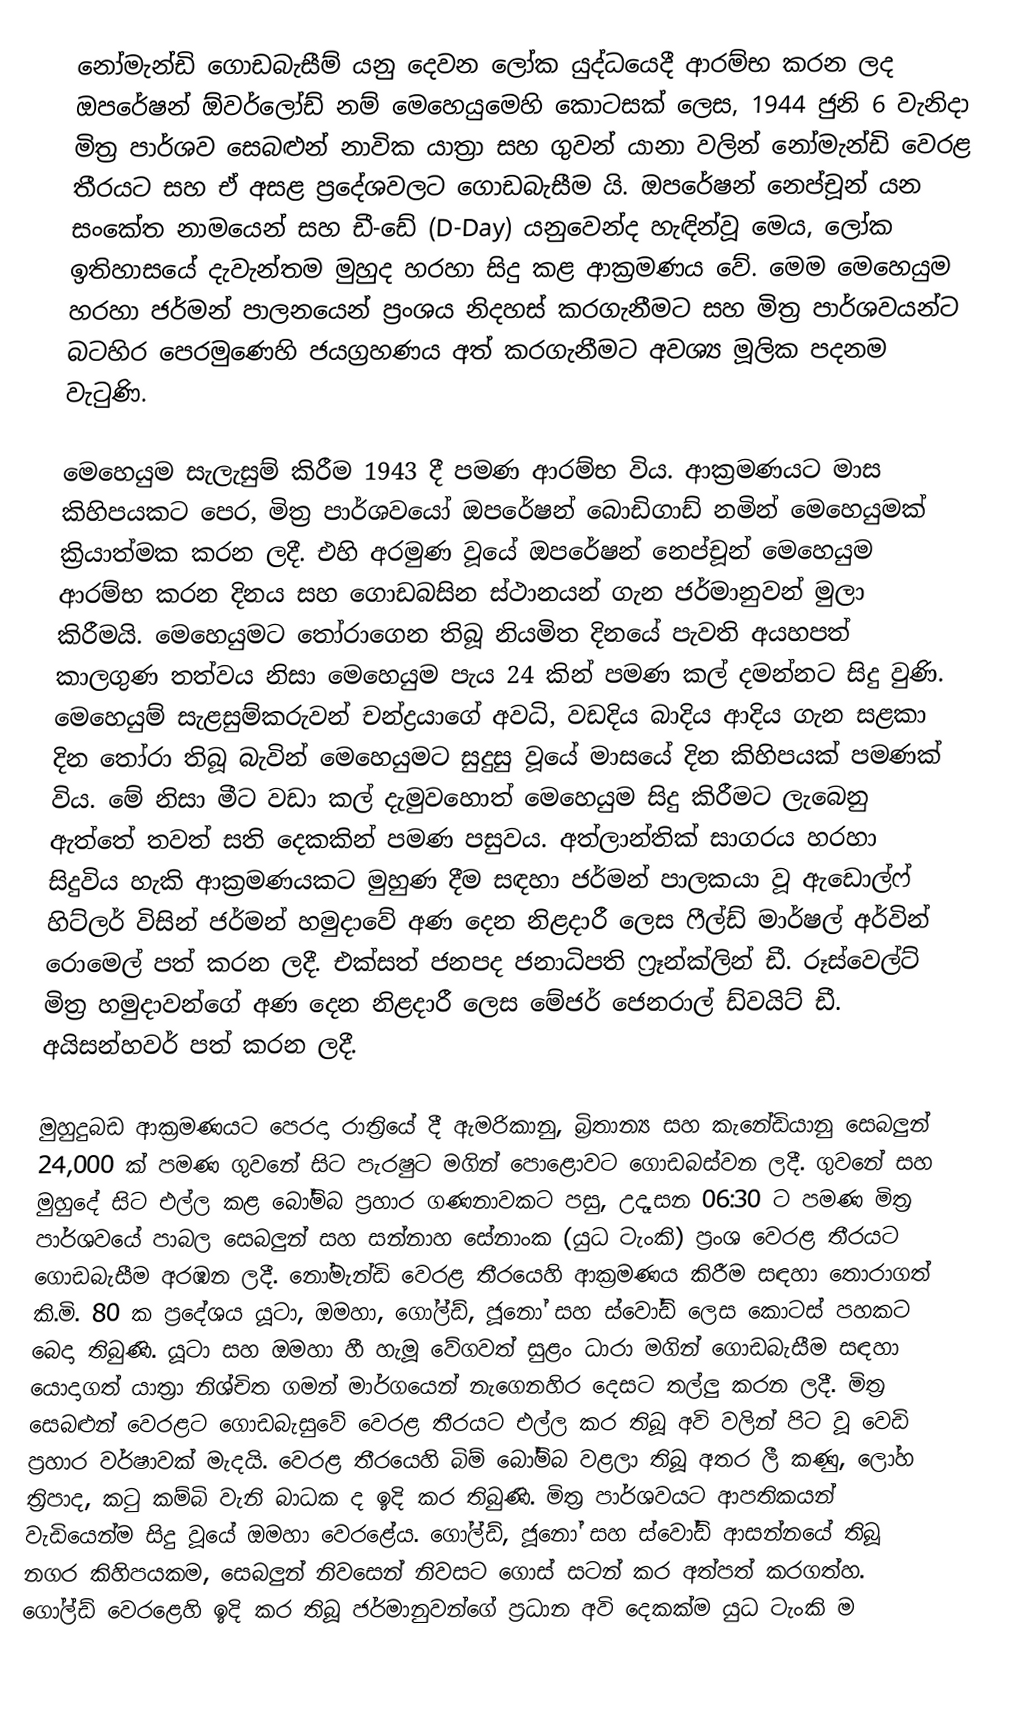
නෝමැන්ඩි ගොඩබැසීම් යනු දෙවන ලෝක යුද්ධයෙදී ආරම්භ කරන ලද ඔපරේෂන් ඕවර්ලෝඩ් නම් මෙහෙයුමෙහි කොටසක් ලෙස, 1944 ජුනි 6 වැනිදා මිත්‍ර පාර්ශව සෙබළුන් නාවික යාත්‍රා සහ ගුවන් යානා වලින් නෝමැන්ඩි වෙරළ තීරයට සහ ඒ අසළ ප්‍රදේශවලට ගොඩබැසීම යි. ඔපරේෂන් නෙප්චූන් යන සංකේත නාමයෙන් සහ ඩී-ඩේ (D-Day) යනුවෙන්ද හැඳින්වූ මෙය, ලෝක ඉතිහාසයේ දැවැන්තම මුහුද හරහා සිදු කළ ආක්‍රමණය වේ. මෙම මෙහෙයුම හරහා ජර්මන් පාලනයෙන් ප්‍රංශය නිදහස් කරගැනීමට සහ මිත්‍ර පාර්ශවයන්ට බටහිර පෙරමුණෙහි ජයග්‍රහණය අත් කරගැනීමට අවශ්‍ය මූලික පදනම වැටුණි.

මෙහෙයුම සැලැසුම් කිරීම 1943 දී පමණ ආරම්භ විය. ආක්‍රමණයට මාස කිහිපයකට පෙර, මිත්‍ර පාර්ශවයෝ ඔපරේෂන් බොඩිගාඩ් නමින් මෙහෙයුමක් ක්‍රියාත්මක කරන ලදී. එහි අරමුණ වූයේ ඔපරේෂන් නෙප්චූන් මෙහෙයුම ආරම්භ කරන දිනය සහ ගොඩබසින ස්ථානයන් ගැන ජර්මානුවන් මුලා කිරීමයි. මෙහෙයුමට තෝරාගෙන තිබූ නියමිත දිනයේ පැවති අයහපත් කාලගුණ තත්වය නිසා මෙහෙයුම පැය 24 කින් පමණ කල් දමන්නට සිදු වුණි. මෙහෙයුම් සැළසුම්කරුවන් චන්ද්‍රයාගේ අවධි, වඩදිය බාදිය ආදිය ගැන සළකා දින තෝරා තිබූ බැවින් මෙහෙයුමට සුදුසු වූයේ මාසයේ දින කිහිපයක් පමණක් විය. මේ නිසා මීට වඩා කල් දැමුවහොත් මෙහෙයුම සිදු කිරීමට ලැබෙනු ඇත්තේ තවත් සති දෙකකින් පමණ පසුවය. අත්ලාන්තික් සාගරය හරහා සිදුවිය හැකි ආක්‍රමණයකට මුහුණ දීම සඳහා ජර්මන් පාලකයා වූ ඇඩොල්ෆ් හිට්ලර් විසින් ජර්මන් හමුදාවේ අණ දෙන නිළදාරී ලෙස ෆීල්ඩ් මාර්ෂල් අර්වින් රොමෙල් පත් කරන ලදී. එක්සත් ජනපද ජනාධිපති ෆ්‍රෑන්ක්ලින් ඩී. රූස්වෙල්ට් මිත්‍ර හමුදාවන්ගේ අණ දෙන නිළදාරී ලෙස මේජර් ජෙනරාල් ඩ්වයිට් ඩී. අයිසන්හවර් පත් කරන ලදී.

මුහුදුබඩ ආක්‍රමණයට පෙරදා රාත්‍රියේ දී ඇමරිකානු, බ්‍රිතාන්‍ය සහ කැනේඩියානු සෙබලුන් 24,000 ක් පමණ ගුවනේ සිට පැරෂුට මගින් පොළොවට ගොඩබස්වන ලදී. ගුවනේ සහ මුහුදේ සිට එල්ල කළ බෝම්බ ප්‍රහාර ගණනාවකට පසු, උදෑසන 06:30 ට පමණ මිත්‍ර පාර්ශවයේ පාබල සෙබලුන් සහ සන්නාහ සේනාංක (යුධ ටැංකි) ප්‍රංශ වෙරළ තීරයට ගොඩබැසීම අරඹන ලදී. නෝමැන්ඩි වෙරළ තීරයෙහි ආක්‍රමණය කිරීම සඳහා තොරාගත් කි.මි. 80 ක ප්‍රදේශය යූටා, ඔමහා, ගෝල්ඩ්, ජූනෝ සහ ස්වෝඩ් ලෙස කොටස් පහකට බෙදා තිබුණි. යූටා සහ ඔමහා හී හැමූ වේගවත් සුළං ධාරා මගින් ගොඩබැසීම සඳහා යොදාගත් යාත්‍රා නිශ්චිත ගමන් මාර්ගයෙන් නැගෙනහිර දෙසට තල්ලු කරන ලදී. මිත්‍ර සෙබළුන් වෙරළට ගොඩබැසුවේ වෙරළ තීරයට එල්ල කර තිබූ අවි වලින් පිට වූ වෙඩි ප්‍රහාර වර්ෂාවක් මැදයි. වෙරළ තීරයෙහි බිම් බෝම්බ වළලා තිබූ අතර ලී කණු, ලෝහ ත්‍රිපාද, කටු කම්බි වැනි බාධක ද ඉදි කර තිබුණි. මිත්‍ර පාර්ශවයට ආපතිකයන් වැඩියෙන්ම සිදු වූයේ ඔමහා වෙරළේය. ගෝල්ඩ්, ජූනෝ සහ ස්වෝඩ් ආසන්නයේ තිබූ නගර කිහිපයකම, සෙබලුන් නිවසෙන් නිවසට ගොස් සටන් කර අත්පත් කරගත්හ. ගෝල්ඩ් වෙරළෙහි ඉදි කර තිබූ ජර්මානුවන්ගේ ප්‍රධාන අවි දෙකක්ම යුධ ටැංකි ම